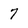
Character: 7